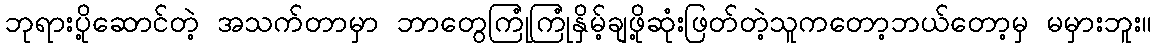
ဘုရားပို့ဆောင်တဲ့ အသက်တာမှာ ဘာတွေကြုံကြုံနှိမ့်ချဖို့ဆုံးဖြတ်တဲ့သူကတော့ဘယ်တော့မှ မမှားဘူး။